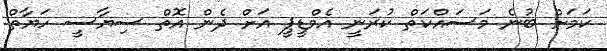
ކަމަށް ބުނެ މަސައްކަތް ކުރަނީ އެމްޑީޕީ އަށް ދެން އޮތް ސިޔާސީ ހަޔާތް